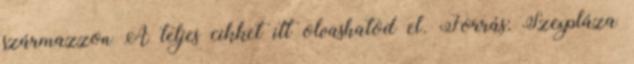
származzon A teljes cikket itt olvashatod el. Forrás: Szexpláza